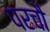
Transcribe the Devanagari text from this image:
परचौ